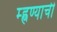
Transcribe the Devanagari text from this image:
म्ह्णण्याची